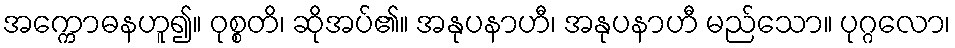
အက္ကောဓနဟူ၍။ ဝုစ္စတိ၊ ဆိုအပ်၏။ အနုပနာဟီ၊ အနုပနာဟီ မည်သော။ ပုဂ္ဂလော၊